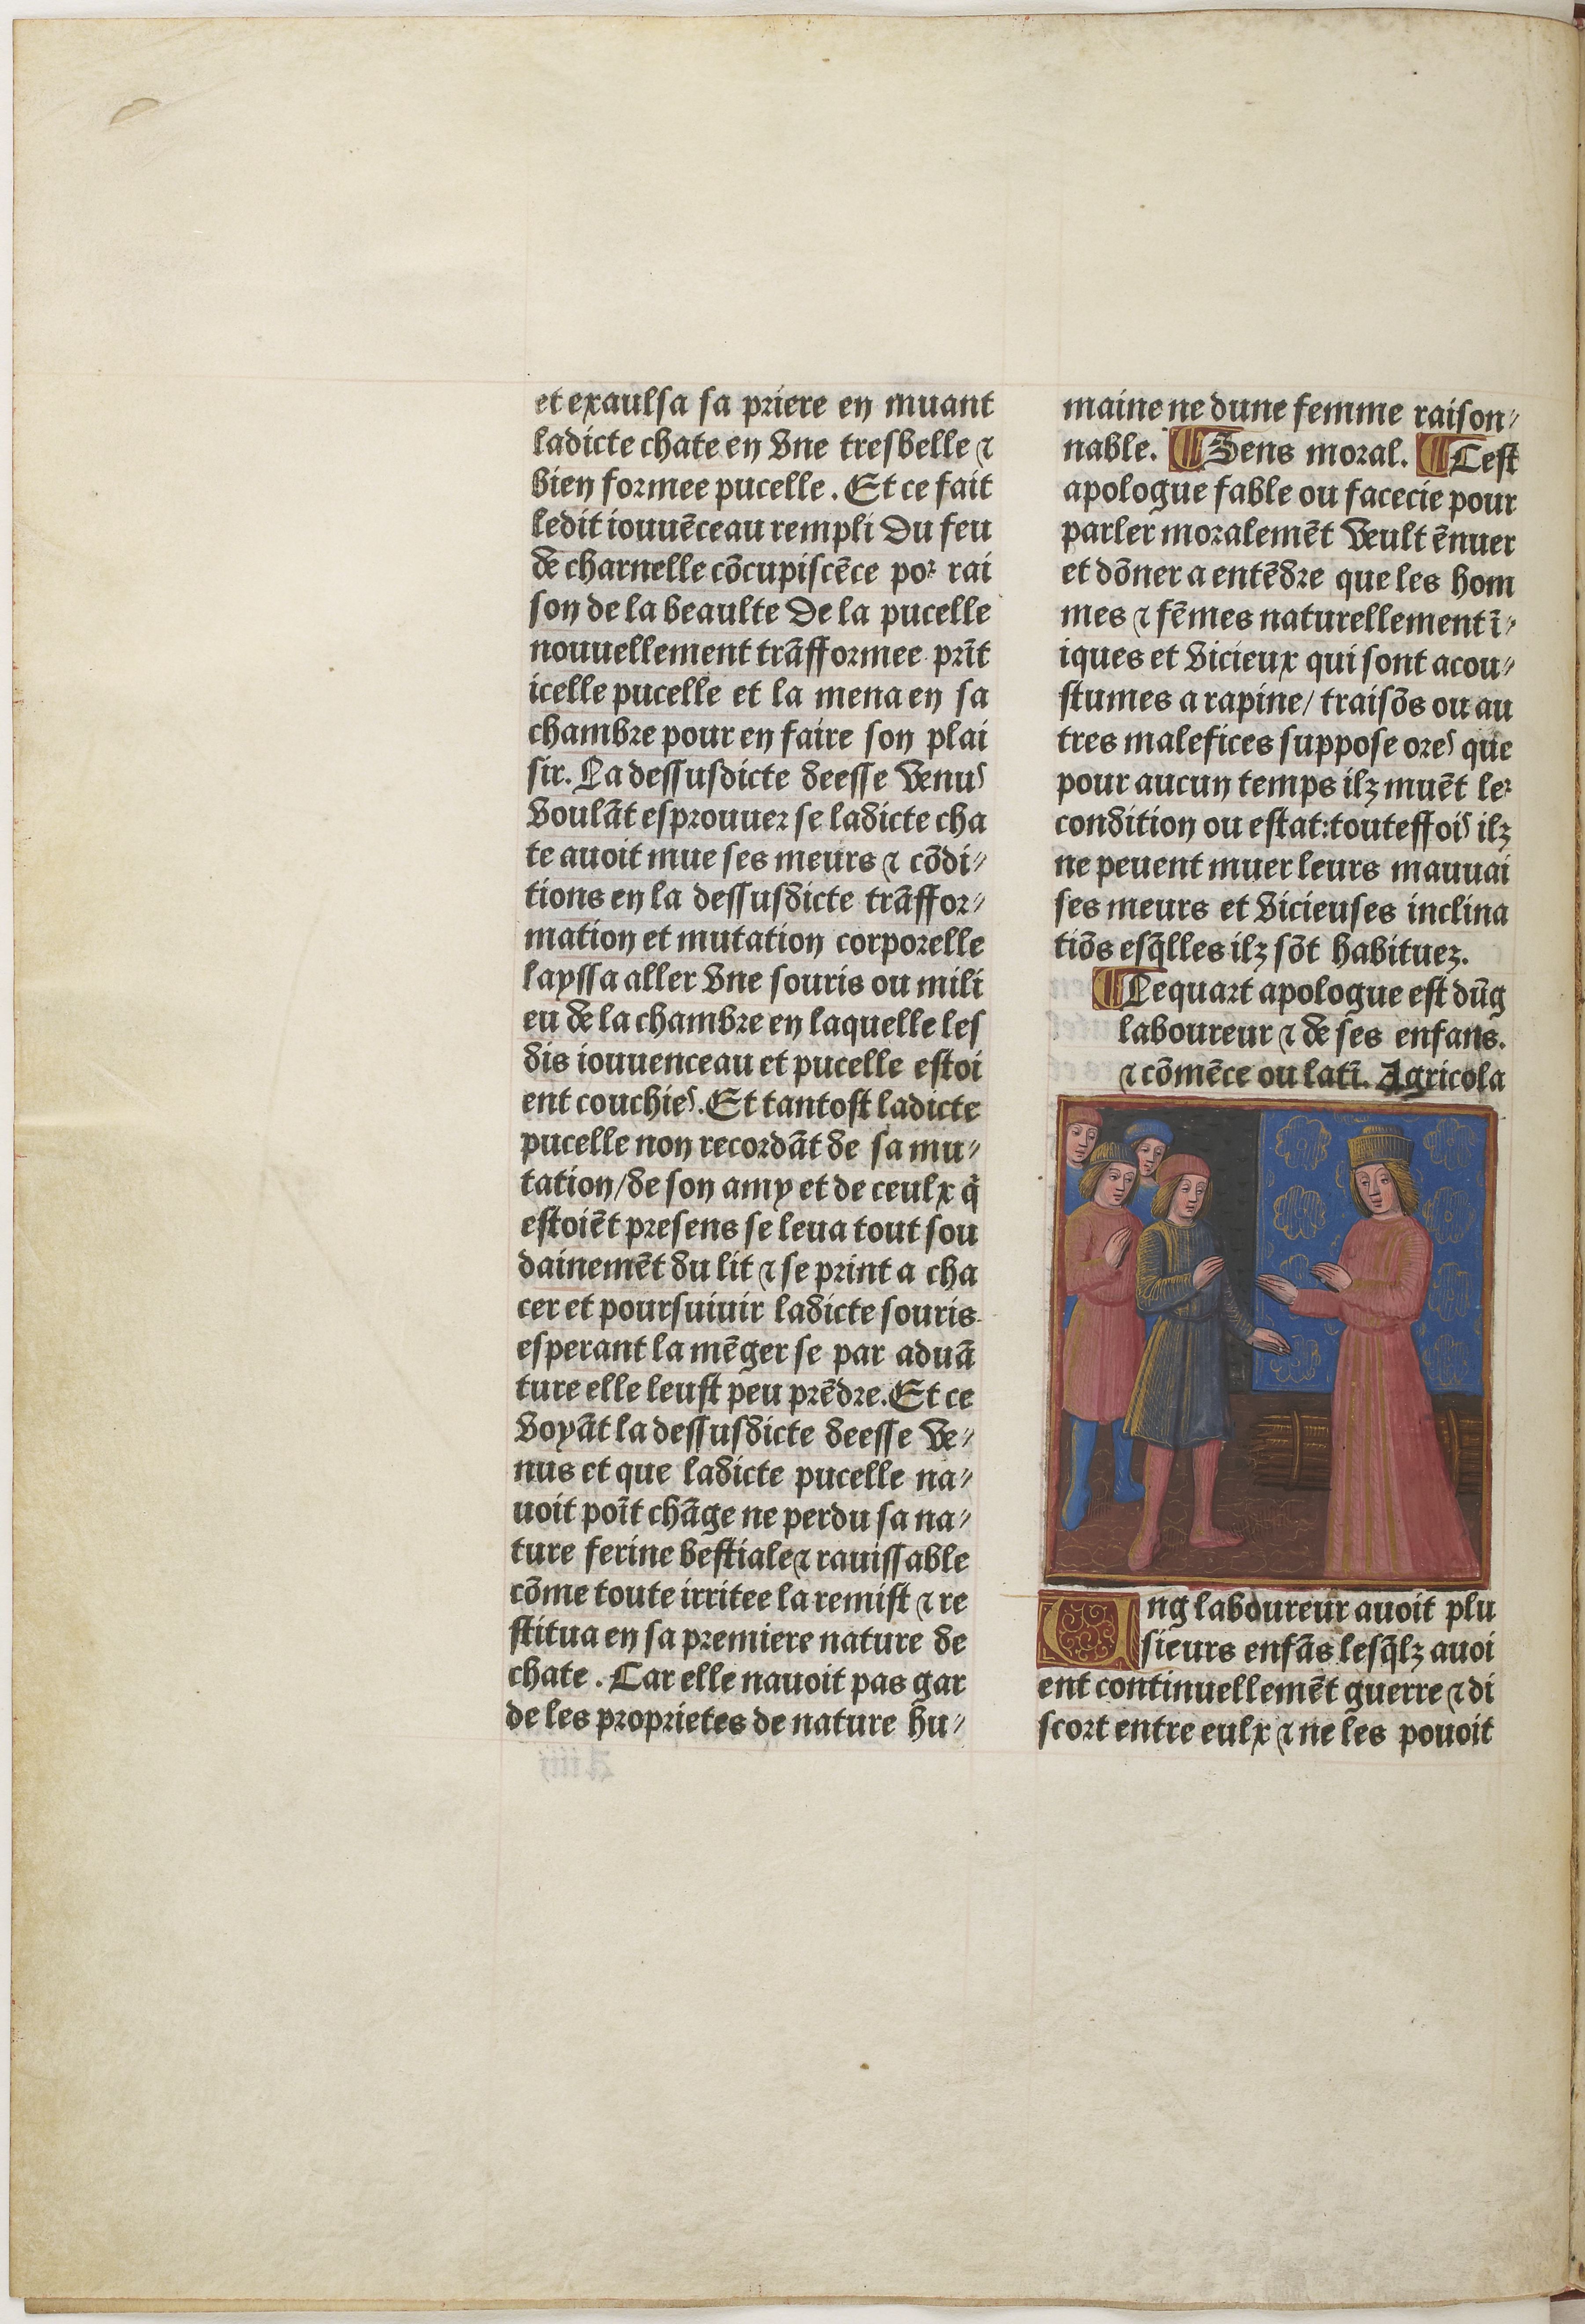
Shelfmark: Paris, BnF, Velins 611
Century: 15